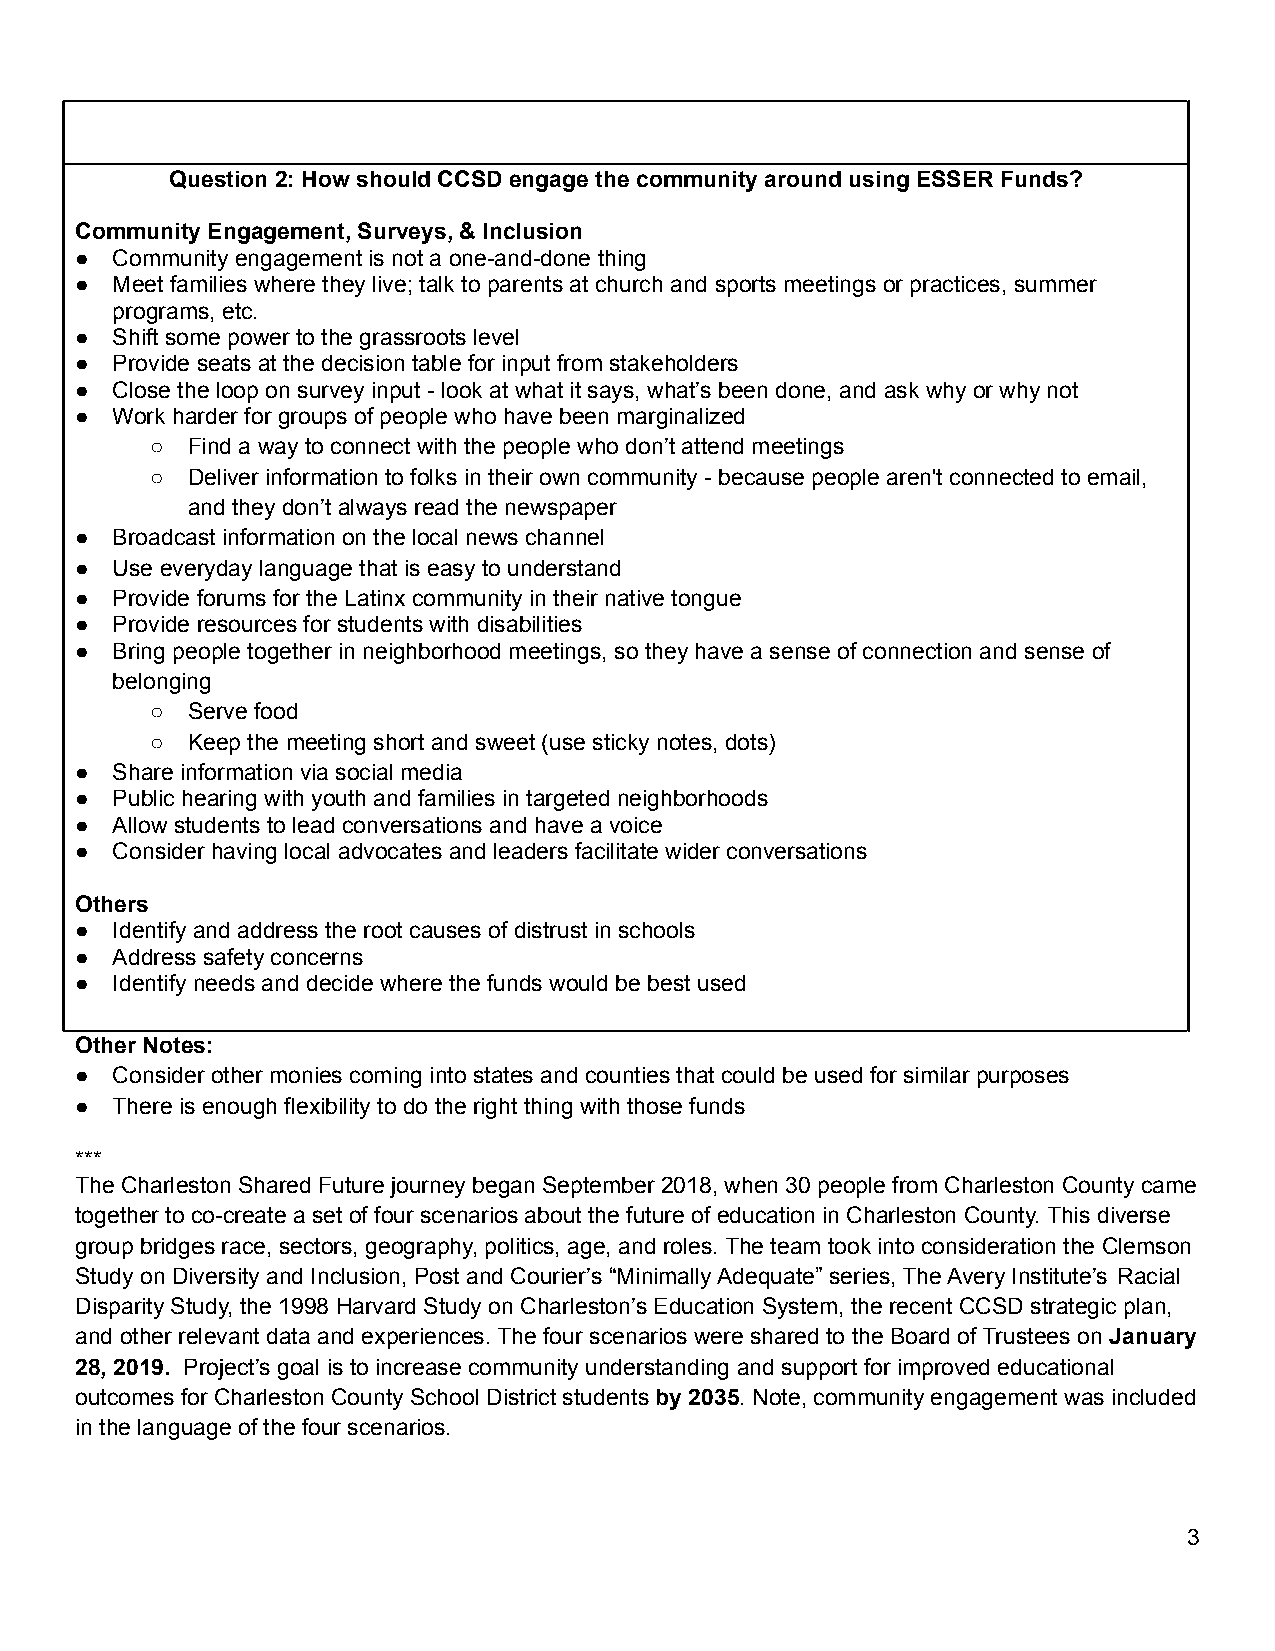
Question 2: How should CCSD engage the community around using ESSER Funds?
 Community Engagement, Surveys, & Inclusion
 ● Community engagement is not a one-and-done thing
 ● Meet families where they live; talk to parents at church and sports meetings or practices, summer
 programs, etc.
 ● Shift some power to the grassroots level
 ● Provide seats at the decision table for input from stakeholders
 ● Close the loop on survey input - look at what it says, what’s been done, and ask why or why not
 ● Work harder for groups of people who have been marginalized
 ○ Find a way to connect with the people who don’t attend meetings
 ○ Deliver information to folks in their own community - because people aren't connected to email,
 and they don’t always read the newspaper
 ● Broadcast information on the local news channel
 ● Use everyday language that is easy to understand
 ● Provide forums for the Latinx community in their native tongue
 ● Provide resources for students with disabilities
 ● Bring people together in neighborhood meetings, so they have a sense of connection and sense of
 belonging
 ○ Serve food
 ○ Keep the meeting short and sweet (use sticky notes, dots)
 ● Share information via social media
 ● Public hearing with youth and families in targeted neighborhoods
 ● Allow students to lead conversations and have a voice
 ● Consider having local advocates and leaders facilitate wider conversations
 Others
 ● Identify and address the root causes of distrust in schools
 ● Address safety concerns
 ● Identify needs and decide where the funds would be best used
 Other Notes:
 ● Consider other monies coming into states and counties that could be used for similar purposes
 ● There is enough flexibility to do the right thing with those funds
 ***
 The Charleston Shared Future journey began September 2018, when 30 people from Charleston County came
 together to co-create a set of four scenarios about the future of education in Charleston County. This diverse
 group bridges race, sectors, geography, politics, age, and roles. The team took into consideration the Clemson
 Study on Diversity and Inclusion, Post and Courier’s “Minimally Adequate” series, The Avery Institute’s Racial
 Disparity Study, the 1998 Harvard Study on Charleston’s Education System, the recent CCSD strategic plan,
 and other relevant data and experiences. The four scenarios were shared to the Board of Trustees on January
 28, 2019. Project’s goal is to increase community understanding and support for improved educational
 outcomes for Charleston County School District students by 2035. Note, community engagement was included
 in the language of the four scenarios.
 3